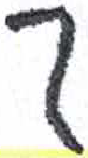
אות: ך